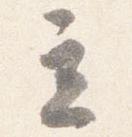
立